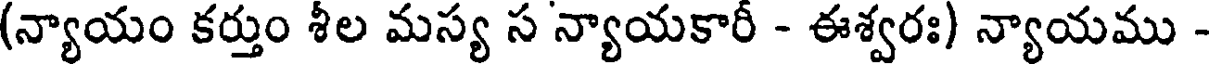
(న్యాయం కర్తుం శీల మస్య స న్యాయకారీ - ఈశ్వరః) న్యాయము -